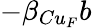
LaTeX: -\beta_{Cu_{F}}b